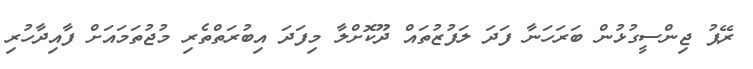
ރޭޕު ޖިންސީގުޅުން ބަރަހަނާ ފަދަ ލަފުޒުތައް ދޫކޮށްލާ މިފަދަ އިބުރަތްތެރި މުޖުތަމައަށް ފާއިދާހުރި